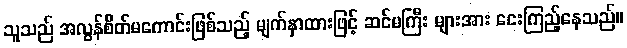
သူသည် အလွန်စိတ်မကောင်းဖြစ်သည့် မျက်နှာထားဖြင့် ဆင်မကြီး များအား ငေးကြည့်နေသည်။